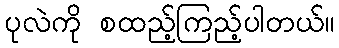
ပုလဲကို စထည့်ကြည့်ပါတယ်။